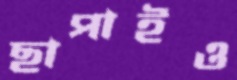
ছাপাইও